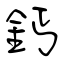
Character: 鈣